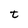
Character: t